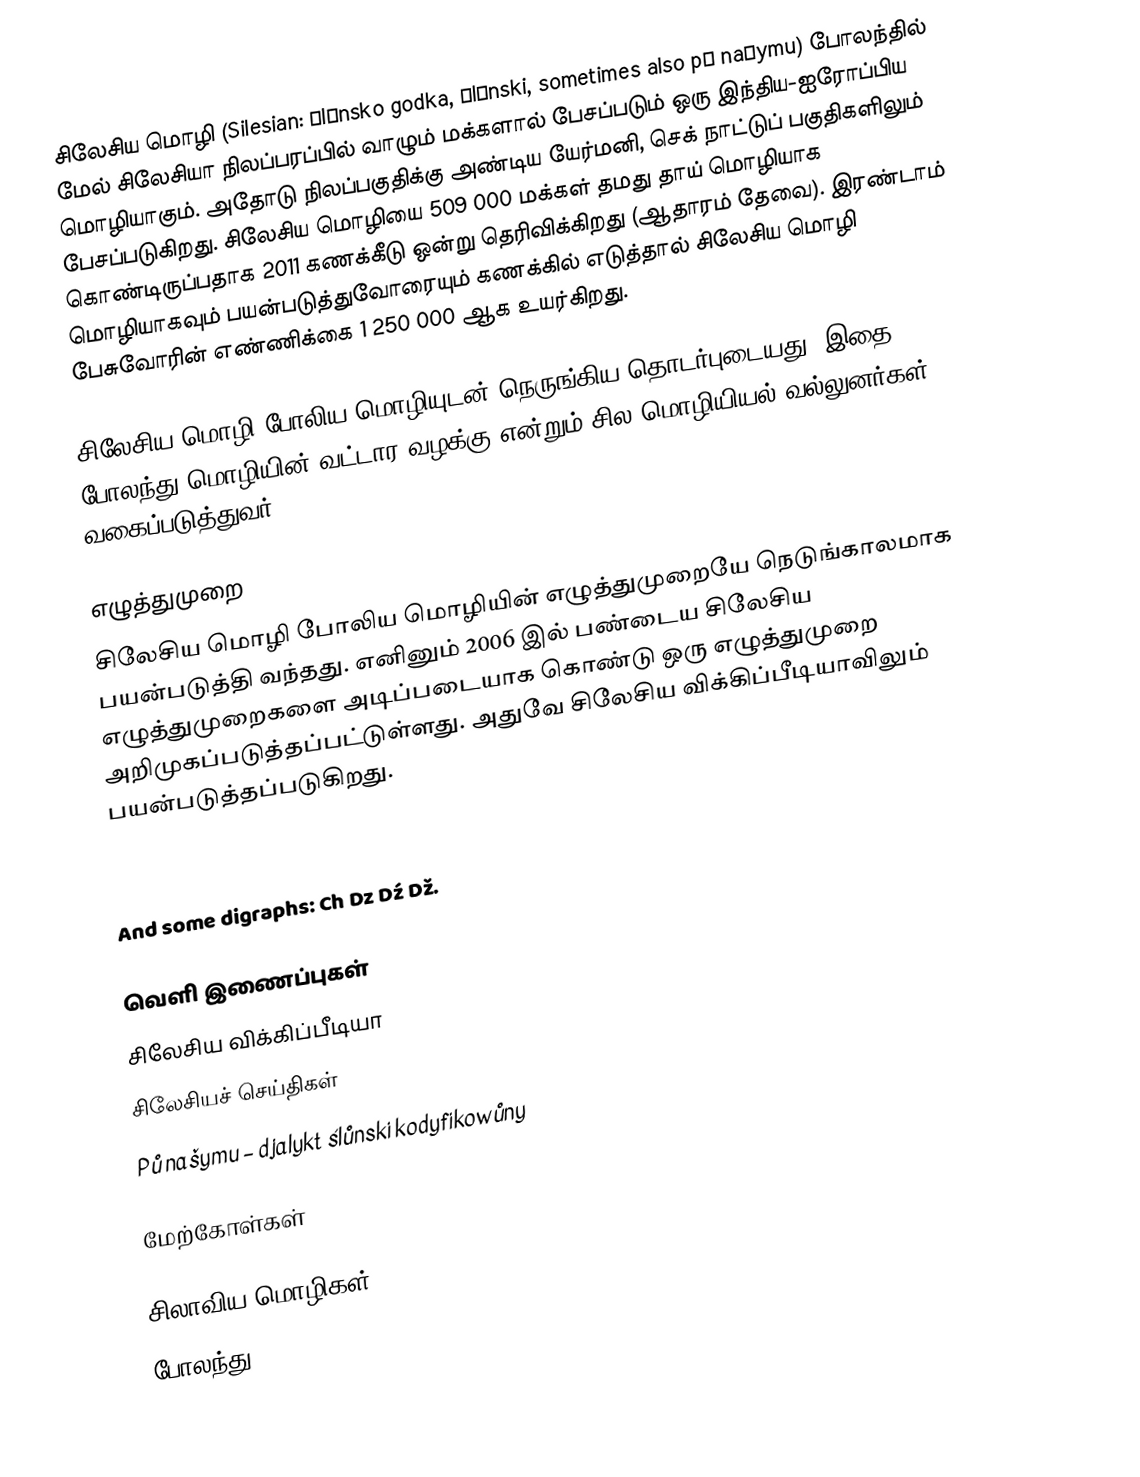
சிலேசிய மொழி (Silesian: ślůnsko godka, ślůnski, sometimes also pů našymu) போலந்தில் மேல் சிலேசியா நிலப்பரப்பில் வாழும் மக்களால் பேசப்படும் ஒரு இந்திய-ஐரோப்பிய மொழியாகும். அதோடு நிலப்பகுதிக்கு அண்டிய யேர்மனி, செக் நாட்டுப் பகுதிகளிலும் பேசப்படுகிறது. சிலேசிய மொழியை 509 000 மக்கள் தமது தாய் மொழியாக கொண்டிருப்பதாக 2011 கணக்கீடு ஒன்று தெரிவிக்கிறது (ஆதாரம் தேவை). இரண்டாம் மொழியாகவும் பயன்படுத்துவோரையும் கணக்கில் எடுத்தால் சிலேசிய மொழி பேசுவோரின் எண்ணிக்கை 1 250 000 ஆக உயர்கிறது.

சிலேசிய மொழி போலிய மொழியுடன் நெருங்கிய தொடர்புடையது. இதை போலந்து மொழியின் வட்டார வழக்கு என்றும் சில மொழியியல் வல்லுனர்கள் வகைப்படுத்துவர்.

எழுத்துமுறை
சிலேசிய மொழி போலிய மொழியின் எழுத்துமுறையே நெடுங்காலமாக பயன்படுத்தி வந்தது. எனினும் 2006 இல் பண்டைய சிலேசிய எழுத்துமுறைகளை அடிப்படையாக கொண்டு ஒரு எழுத்துமுறை அறிமுகப்படுத்தப்பட்டுள்ளது. அதுவே சிலேசிய விக்கிப்பீடியாவிலும் பயன்படுத்தப்படுகிறது.

 Aa Bb Cc Ćć Čč Dd Ee Ff Gg Hh Ii Jj Kk Ll Mm Nn Ńń Oo Pp Rr Řř Ss Śś Šš Tt Uu Ůů Ww Yy Zz Źź Žž
 And some digraphs: Ch Dz Dź Dž.

வெளி இணைப்புகள்
 சிலேசிய விக்கிப்பீடியா
 சிலேசியச் செய்திகள்
 Pů našymu – djalykt ślůnski kodyfikowůny

மேற்கோள்கள்

சிலாவிய மொழிகள்
போலந்து